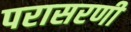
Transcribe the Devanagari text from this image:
परासरणी